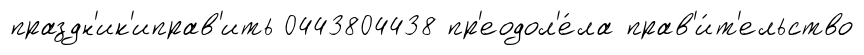
праздн'ик'иправ'ить 0443804438 пр'еодол'е́ла прав'и́т'ельство